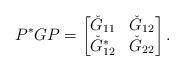
LaTeX: \begin{align*}P^*GP = \begin{bmatrix} \check G_{11} & \check G_{12}\\\check G_{12}^* & \check G_{22}\end{bmatrix}.\end{align*}